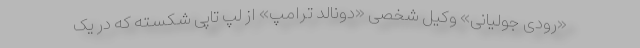
«رودی جولیانی» وکیل شخصی «دونالد ترامپ» از لپ تاپی شکسته که در یک